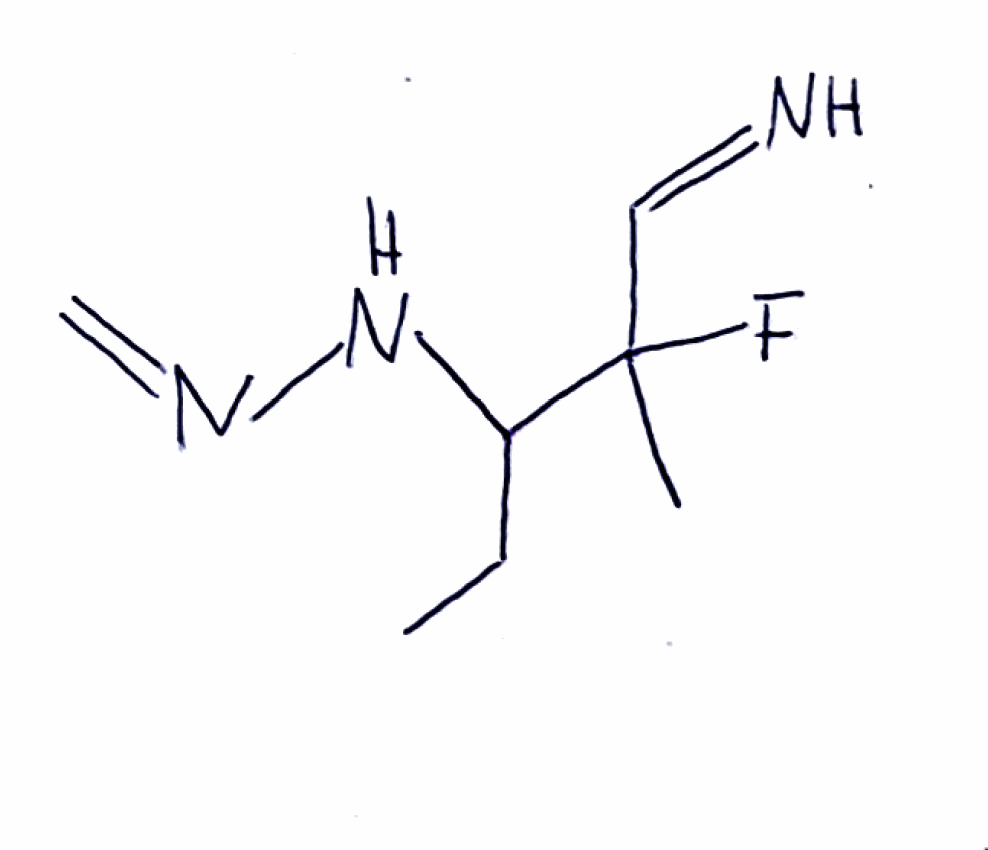
Simplified molecular-input line-entry system (SMILES) notation of the given molecule:
CCC(C(C)(C=N)F)NN=C